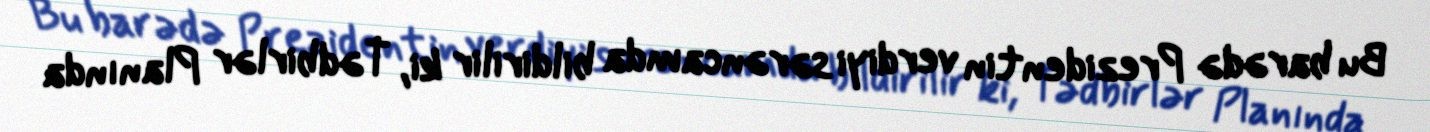
Bu barədə Prezidentin verdiyi sərəncamda bildirilir ki, Tədbirlər Planında